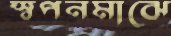
স্বপনমাঝে